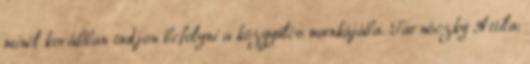
minél korábban tudjon befolyni a közgyűlés munkájába. Tarnóczky Attila: